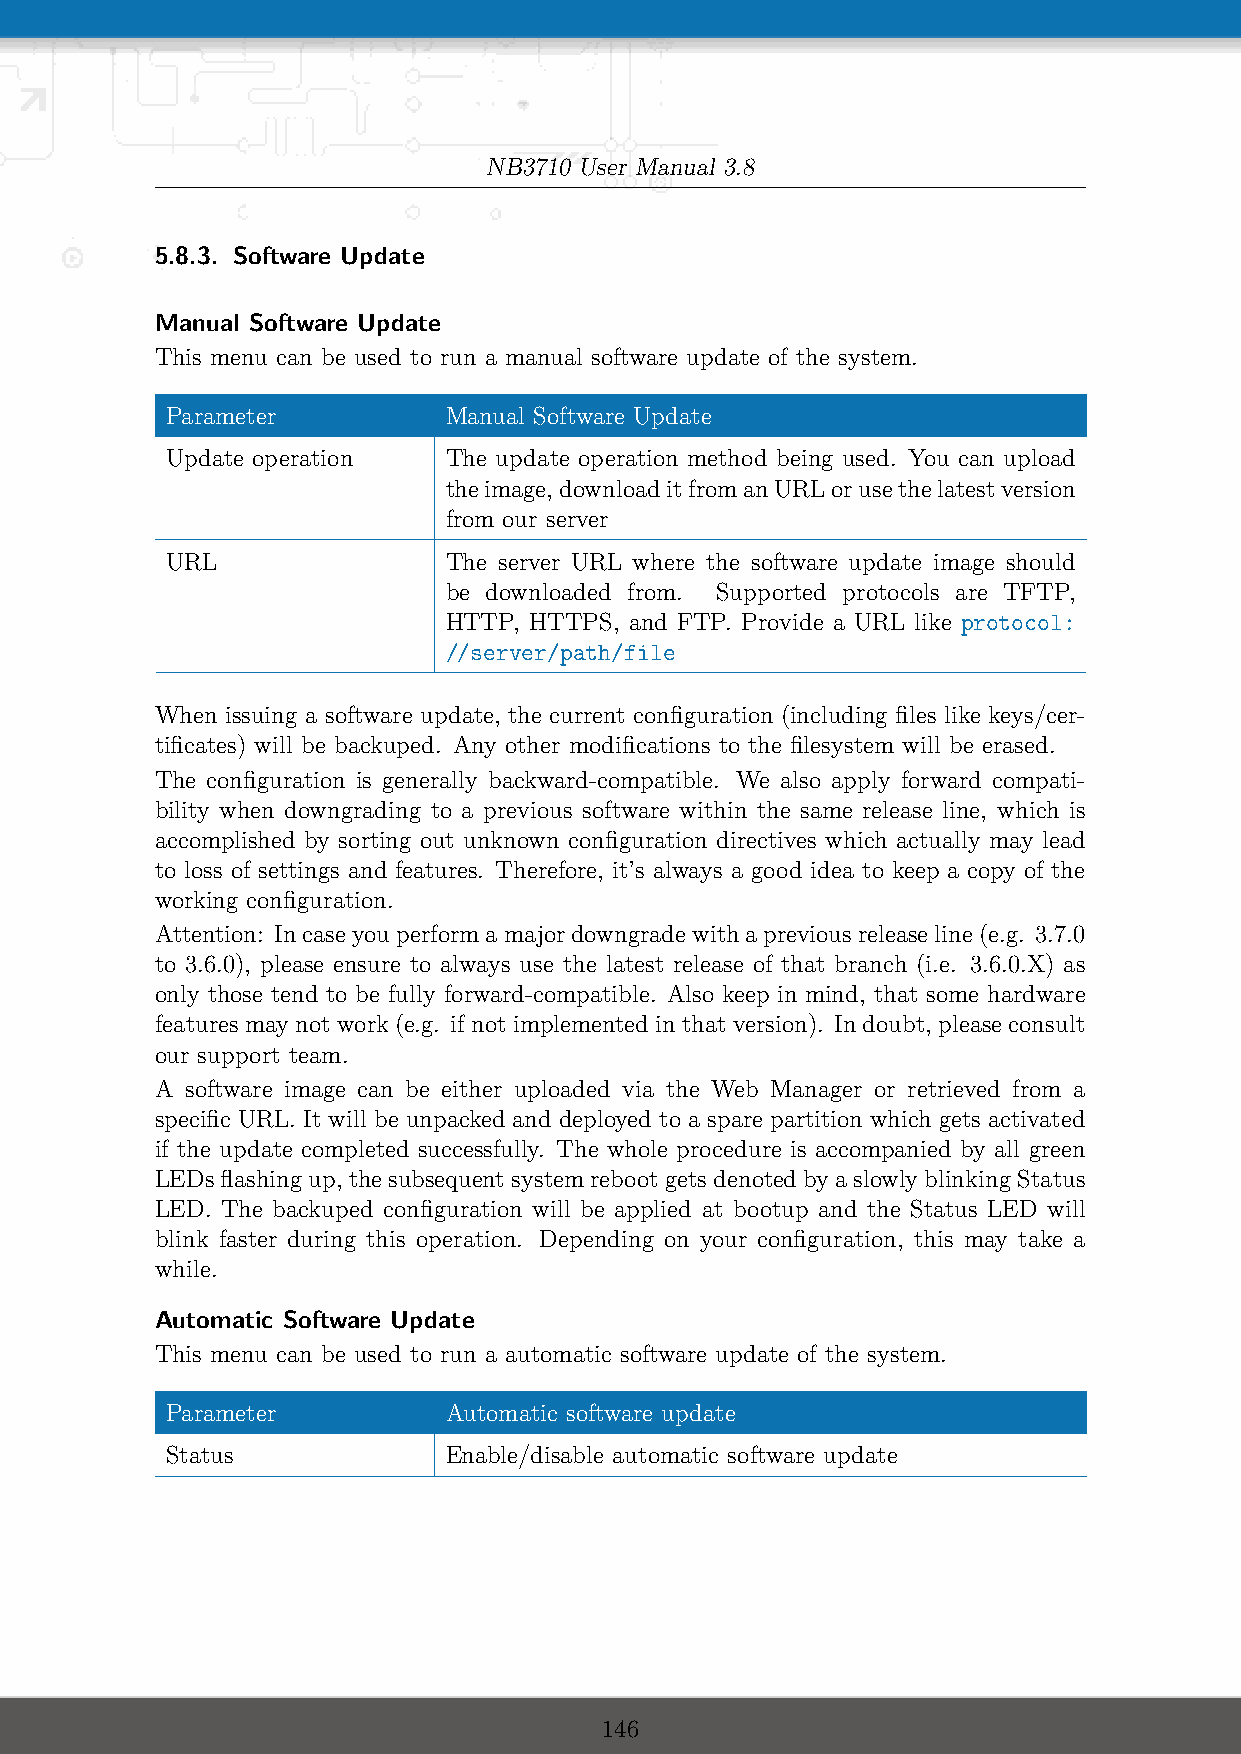
NB3710 User Manual 3.8
 5.8.3. Software Update
 Manual Software Update
 This menu can be used to run a manual software update of the system.
 Parameter         Manual Software Update
 Update operation  The update operation method being used. You can upload
 theimage,downloaditfromanURLorusethelatestversion
 from our server
 URL               The server URL where the software update image should
 be downloaded from. Supported protocols are TFTP,
 HTTP, HTTPS, and FTP. Provide a URL like protocol:
 //server/path/file
 When issuing a software update, the current configuration (including files like keys/cer-
 tificates) will be backuped. Any other modifications to the filesystem will be erased.
 The configuration is generally backward-compatible. We also apply forward compati-
 bility when downgrading to a previous software within the same release line, which is
 accomplished by sorting out unknown configuration directives which actually may lead
 to loss of settings and features. Therefore, it’s always a good idea to keep a copy of the
 working configuration.
 Attention: Incaseyouperformamajordowngradewithapreviousreleaseline(e.g. 3.7.0
 to 3.6.0), please ensure to always use the latest release of that branch (i.e. 3.6.0.X) as
 only those tend to be fully forward-compatible. Also keep in mind, that some hardware
 features may not work (e.g. if not implemented in that version). In doubt, please consult
 our support team.
 A software image can be either uploaded via the Web Manager or retrieved from a
 specific URL. It will be unpacked and deployed to a spare partition which gets activated
 if the update completed successfully. The whole procedure is accompanied by all green
 LEDsflashingup, thesubsequentsystemrebootgetsdenotedbyaslowlyblinkingStatus
 LED. The backuped configuration will be applied at bootup and the Status LED will
 blink faster during this operation. Depending on your configuration, this may take a
 while.
 Automatic Software Update
 This menu can be used to run a automatic software update of the system.
 Parameter         Automatic software update
 Status            Enable/disable automatic software update
 146